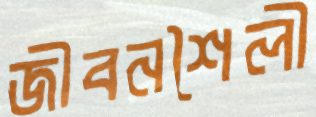
জীবনশৈলী